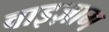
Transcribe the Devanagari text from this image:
वाइज़ाग